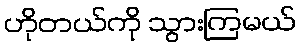
ဟိုတယ်ကို သွားကြမယ်